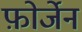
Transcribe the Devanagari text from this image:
फ़ोर्जेन